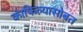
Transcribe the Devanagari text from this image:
काफिल्यासोबत